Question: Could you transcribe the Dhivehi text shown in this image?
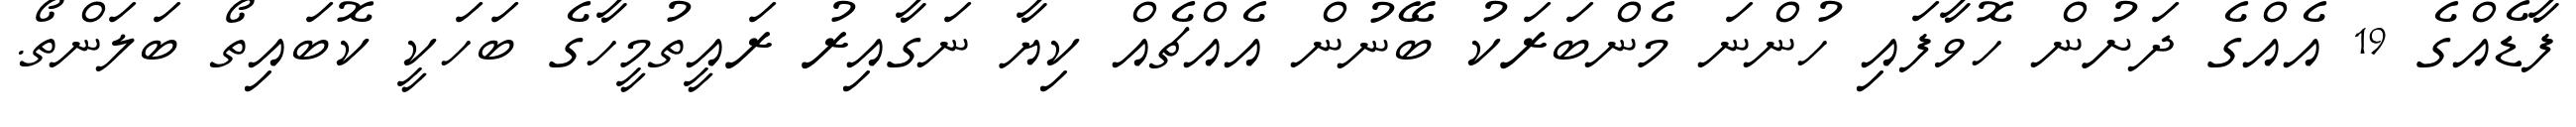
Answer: ފާޑެއްގެ 19 އެއްގެ ދަށުން ހޮވާފައި ހުންނަ މެންބަރަކު ބޭނުން އެއްޗެއް ކިޔާ ނަގާއިރު ރައީތުމީހާގެ ބަހަކީ ކޮބައިތޯ ބަލަންތޯ.